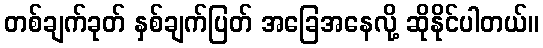
တစ်ချက်ခုတ် နှစ်ချက်ပြတ် အခြေအနေလို့ ဆိုနိုင်ပါတယ်။